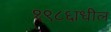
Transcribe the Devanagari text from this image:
१९८६ाधील